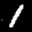
Label: 1